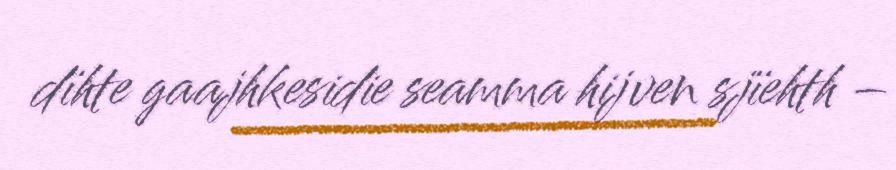
dïhte gaajhkesidie seamma hijven sjïehth –